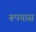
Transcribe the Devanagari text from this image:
रूपयास